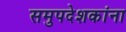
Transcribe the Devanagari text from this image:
समुपदेशकांना